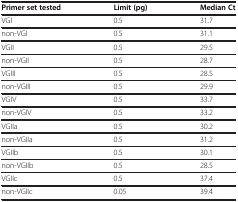
<table><thead><tr><td><b>Primer set tested</b></td><td><b>Limit (pg)</b></td><td><b>Median Ct</b></td></tr></thead><tbody><tr><td>VGI</td><td>0.5</td><td>31.7</td></tr><tr><td>non-VGI</td><td>0.5</td><td>31.1</td></tr><tr><td>VGII</td><td>0.5</td><td>29.5</td></tr><tr><td>non-VGII</td><td>0.5</td><td>28.7</td></tr><tr><td>VGIII</td><td>0.5</td><td>28.5</td></tr><tr><td>non-VGIII</td><td>0.5</td><td>29.9</td></tr><tr><td>VGIV</td><td>0.5</td><td>33.7</td></tr><tr><td>non-VGIV</td><td>0.5</td><td>33.2</td></tr><tr><td>VGIIa</td><td>0.5</td><td>30.2</td></tr><tr><td>non-VGIIa</td><td>0.5</td><td>31.2</td></tr><tr><td>VGIIb</td><td>0.5</td><td>30.1</td></tr><tr><td>non-VGIIb</td><td>0.5</td><td>28.5</td></tr><tr><td>VGIIc</td><td>0.5</td><td>37.4</td></tr><tr><td>non-VGIIc</td><td>0.05</td><td>39.4</td></tr></tbody></table>